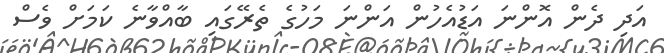
އަދި ދެން އޮންނަ އަޑުއެހުން އަންނަ މަހުގެ ތެރޭގައި ބާއްވާނެ ކަމަށް ވެސް